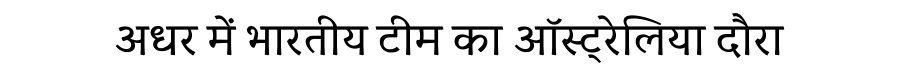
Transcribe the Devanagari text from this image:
अधर में भारतीय टीम का ऑस्ट्रेलिया दौरा